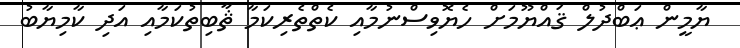
ޔާމީން ޢަބްދުލް ޤައްޔޫމަށް ހެޔޮވިސްނުމާއި ކެތްތެރިކަމާ ޘާބިތުކަމާއި އަދި ކާމިޔާބު